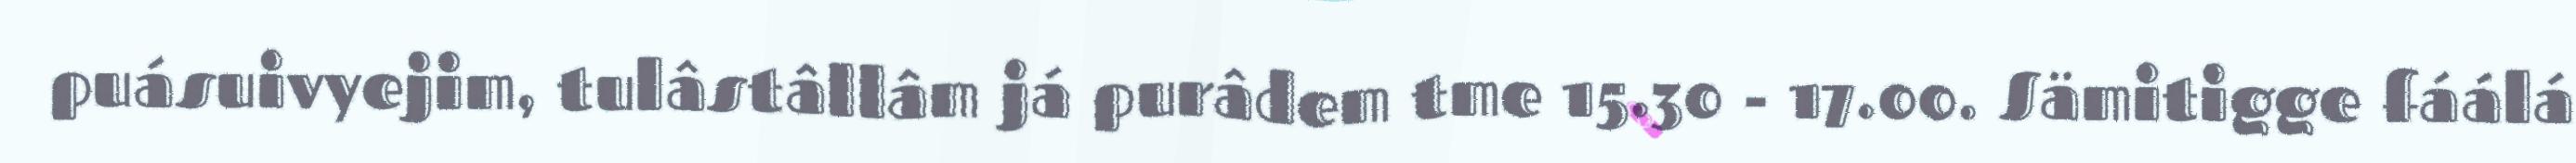
puásuivyejim, tulâstâllâm já purâdem tme 15.30 - 17.00. Sämitigge fáálá